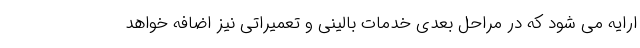
ارايه می شود که در مراحل بعدی خدمات بالینی و تعمیراتی نيز اضافه خواهد